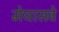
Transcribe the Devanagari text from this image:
मेघासवे